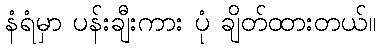
နံရံမှာ ပန်းချီးကား ပုံ ချိတ်ထားတယ်။